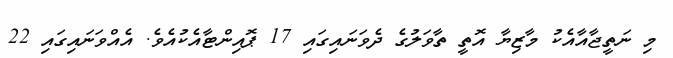
މި ނަތީޖާއާއެކު މާޒިޔާ އޮތީ ތާވަލުގެ ދެވަނައިގައި 17 ޕޮއިންޓާއެކުއެވެ. އެއްވަނައިގައި 22